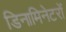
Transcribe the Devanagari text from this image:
डिनामिनेटरों